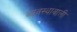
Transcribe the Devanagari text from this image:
व्यवस्थावाली